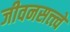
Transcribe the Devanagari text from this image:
जीवनसत्त्त्वे